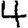
Digit: 4